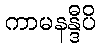
ကာမနန္ဒီပိ